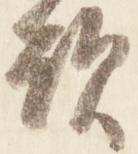
顕